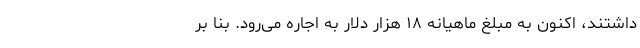
داشتند، اکنون به مبلغ ماهیانه ۱۸ هزار دلار به اجاره می‌رود. بنا بر